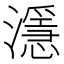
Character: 濦